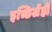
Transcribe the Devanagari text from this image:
इच्छिलेंही